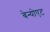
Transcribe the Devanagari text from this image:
बेन्योएट